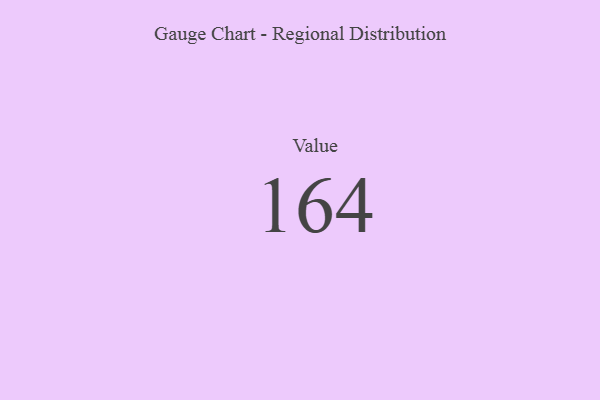
{"axis": {"x": "Metric", "y": "Value"}, "legend": [""], "data": [{"x": "Value", "y": 164, "type": ""}]}